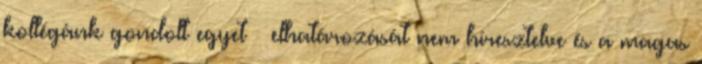
kollégánk gondolt egyet – elhatározását nem híresztelve—és a magas